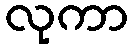
လုကာ